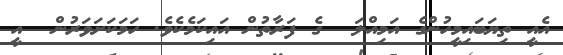
އެއީ ތިޔަބައިމީހުންގެ އަމިއްލަ  ގެ ފަރާތުން އައިކަމެކެވެ. ހަމަކަށަވަރުން  އީ